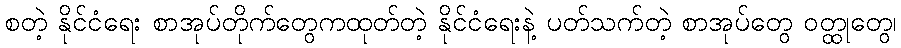
စတဲ့ နိုင်ငံရေး စာအုပ်တိုက်တွေကထုတ်တဲ့ နိုင်ငံရေးနဲ့ ပတ်သက်တဲ့ စာအုပ်တွေ ဝတ္ထုတွေ၊